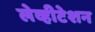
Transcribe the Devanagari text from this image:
लेव्हीटेशन